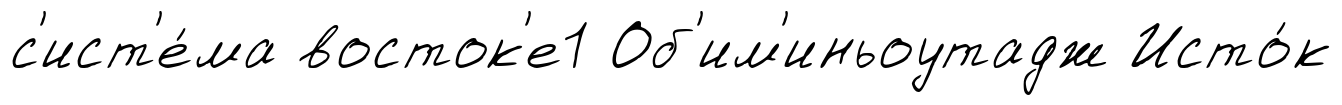
с'ист'е́ма восток'е1 Об'им'иньоутадж Исто́к